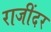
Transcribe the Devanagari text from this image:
राजींदर